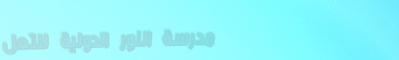
مدرسة النور الدولية للتعل